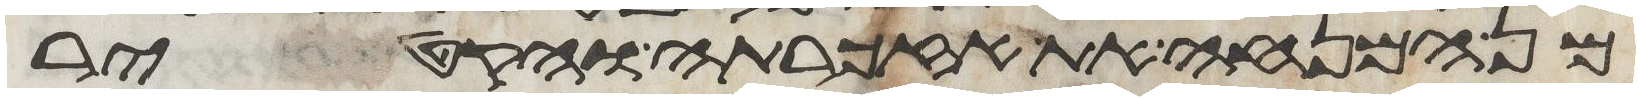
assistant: מן המנחה את אזכרתה והקטיר